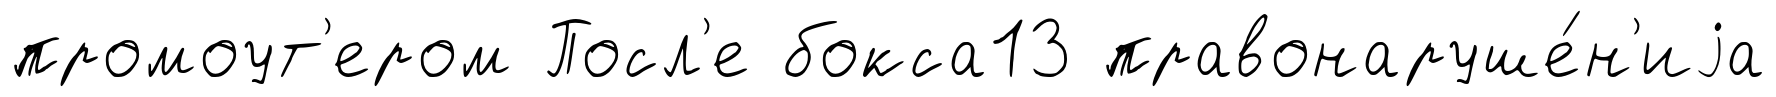
промоут'ером Посл'е бокса13 правонаруше́н'иjа